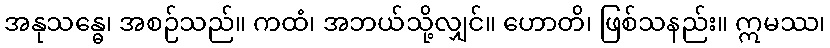
အနုသန္ဓေ၊ အစဉ်သည်။ ကထံ၊ အဘယ်သို့လျှင်။ ဟောတိ၊ ဖြစ်သနည်း။ ဣမဿ၊